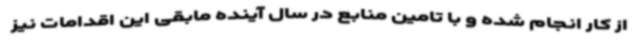
از کار انجام شده و با تامین منابع در سال آینده مابقی این اقدامات نیز